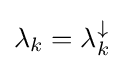
\lambda _{k}=\lambda _{k}^{\downarrow }